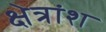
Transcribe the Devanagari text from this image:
क्षेत्रांश